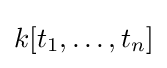
k[t_{1},\dots ,t_{n}]